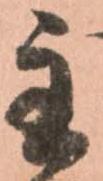
主